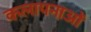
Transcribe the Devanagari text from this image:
कलापनाओं